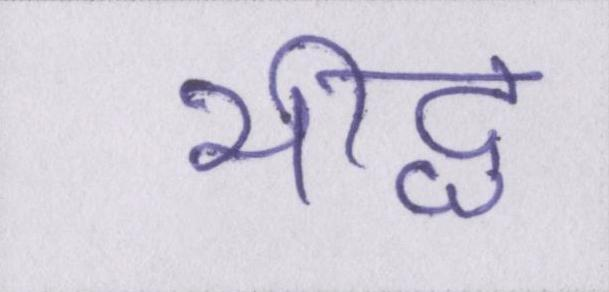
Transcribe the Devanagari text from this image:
भीद्ध